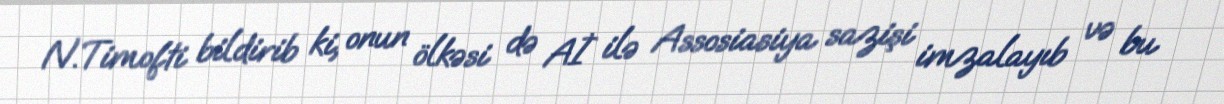
N.Timofti bildirib ki, onun ölkəsi də Aİ ilə Assosiasiya sazişi imzalayıb və bu